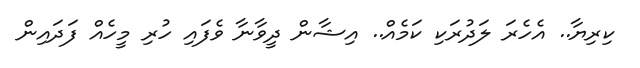
ކިރިޔާ.. އެހެރަ ލަދުރަކި ކަމެއް.. އިޝާން ދީވާނާ ވެފައި ހުރި މީހެއް ފަދައިން